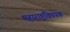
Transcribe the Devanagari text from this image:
महाराष्ट्रविषयक